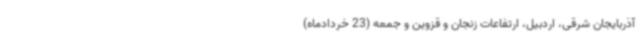
آذربایجان شرقی، اردبیل، ارتفاعات زنجان و قزوین و جمعه (23 خردادماه)